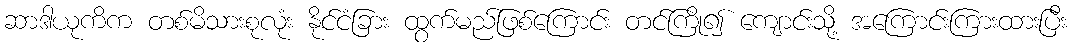
ဆာဒါယုကိက တစ်မိသားစုလုံး နိုင်ငံခြား ထွက်မည်ဖြစ်ကြောင်း တင်ကြို၍ ကျောင်းသို့ အကြောင်းကြားထားပြီး